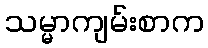
သမ္မာကျမ်းစာက